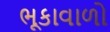
ભૂકાવાળો